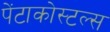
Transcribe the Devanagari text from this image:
पेंटाकोस्टल्स